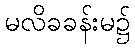
မလိခခန်းမ၌